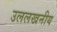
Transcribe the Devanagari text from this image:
उललखनीय